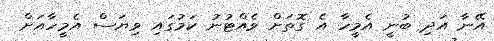
އޭނާ އަދި ބުނީ އެމީހާ އެ ގޮތަށް ވެއްޓުނު ކަމުގައި ވިޔަސް އެމީހާއަށް